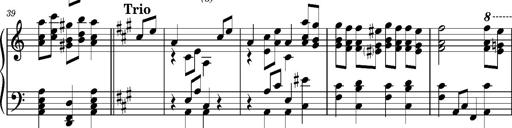
Title: RÃ¡kÃ³czi-Marsch, S.692d
Composer: Franz Liszt
Key: A minor